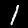
Digit: 1